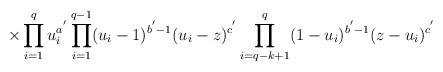
LaTeX: \begin{align*}\hspace{15mm}\times\prod_{i = 1}^{q}u_{i}^{a^{'}}\prod_{i = 1}^{q - 1}(u_{i}- 1)^{b^{'} - 1}(u_{i} - z)^{c^{'}}\prod_{i = q - k + 1}^{q}(1 - u_{i})^{b^{'}- 1}(z - u_{i})^{c^{'}}\end{align*}